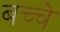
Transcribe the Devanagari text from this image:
बच्चे